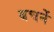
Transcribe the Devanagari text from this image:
बचनें